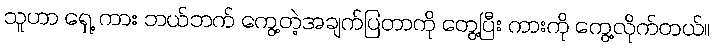
သူဟာ ရှေ့ ကား ဘယ်ဘက် ကွေ့တဲ့အချက်ပြတာကို တွေ့ပြီး ကားကို ကွေ့လိုက်တယ်။